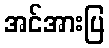
အင်အားပြ